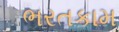
ભરતકામ